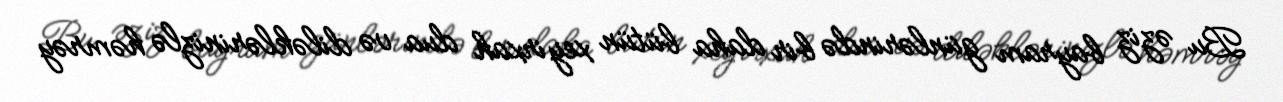
Bu əziz bayram günlərində bir daha bütün xeyirxah dua və diləklərinizlə həmrəy